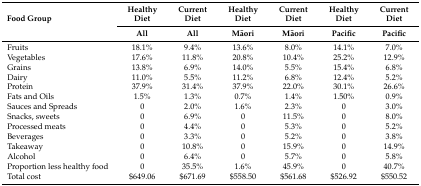
<table><thead><tr><td rowspan="2"><b>Food Group</b></td><td><b>Healthy Diet</b></td><td><b>Current Diet</b></td><td><b>Healthy Diet</b></td><td><b>Current Diet</b></td><td><b>Healthy Diet</b></td><td><b>Current Diet</b></td></tr><tr><td><b>All</b></td><td><b>All</b></td><td><b>Māori</b></td><td><b>Māori</b></td><td><b>Pacific</b></td><td><b>Pacific</b></td></tr></thead><tbody><tr><td>Fruits</td><td>18.1%</td><td>9.4%</td><td>13.6%</td><td>8.0%</td><td>14.1%</td><td>7.0%</td></tr><tr><td>Vegetables</td><td>17.6%</td><td>11.8%</td><td>20.8%</td><td>10.4%</td><td>25.2%</td><td>12.9%</td></tr><tr><td>Grains</td><td>13.8%</td><td>6.9%</td><td>14.0%</td><td>5.5%</td><td>15.4%</td><td>6.8%</td></tr><tr><td>Dairy</td><td>11.0%</td><td>5.5%</td><td>11.2%</td><td>6.8%</td><td>12.4%</td><td>5.2%</td></tr><tr><td>Protein</td><td>37.9%</td><td>31.4%</td><td>37.9%</td><td>22.0%</td><td>30.1%</td><td>26.6%</td></tr><tr><td>Fats and Oils</td><td>1.5%</td><td>1.3%</td><td>0.7%</td><td>1.4%</td><td>1.50%</td><td>0.9%</td></tr><tr><td>Sauces and Spreads</td><td>0</td><td>2.0%</td><td>1.6%</td><td>2.3%</td><td>0</td><td>3.0%</td></tr><tr><td>Snacks, sweets</td><td>0</td><td>6.9%</td><td>0</td><td>11.5%</td><td>0</td><td>8.0%</td></tr><tr><td>Processed meats</td><td>0</td><td>4.4%</td><td>0</td><td>5.3%</td><td>0</td><td>5.2%</td></tr><tr><td>Beverages</td><td>0</td><td>3.3%</td><td>0</td><td>5.2%</td><td>0</td><td>3.8%</td></tr><tr><td>Takeaway</td><td>0</td><td>10.8%</td><td>0</td><td>15.9%</td><td>0</td><td>14.9%</td></tr><tr><td>Alcohol</td><td>0</td><td>6.4%</td><td>0</td><td>5.7%</td><td>0</td><td>5.8%</td></tr><tr><td>Proportion less healthy food</td><td>0</td><td>35.5%</td><td>1.6%</td><td>45.9%</td><td>0</td><td>40.7%</td></tr><tr><td>Total cost</td><td>$649.06</td><td>$671.69</td><td>$558.50</td><td>$561.68</td><td>$526.92</td><td>$550.52</td></tr></tbody></table>